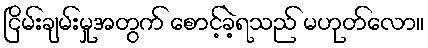
ငြိမ်းချမ်းမှုအတွက် စောင့်ခဲ့ရသည် မဟုတ်လော။